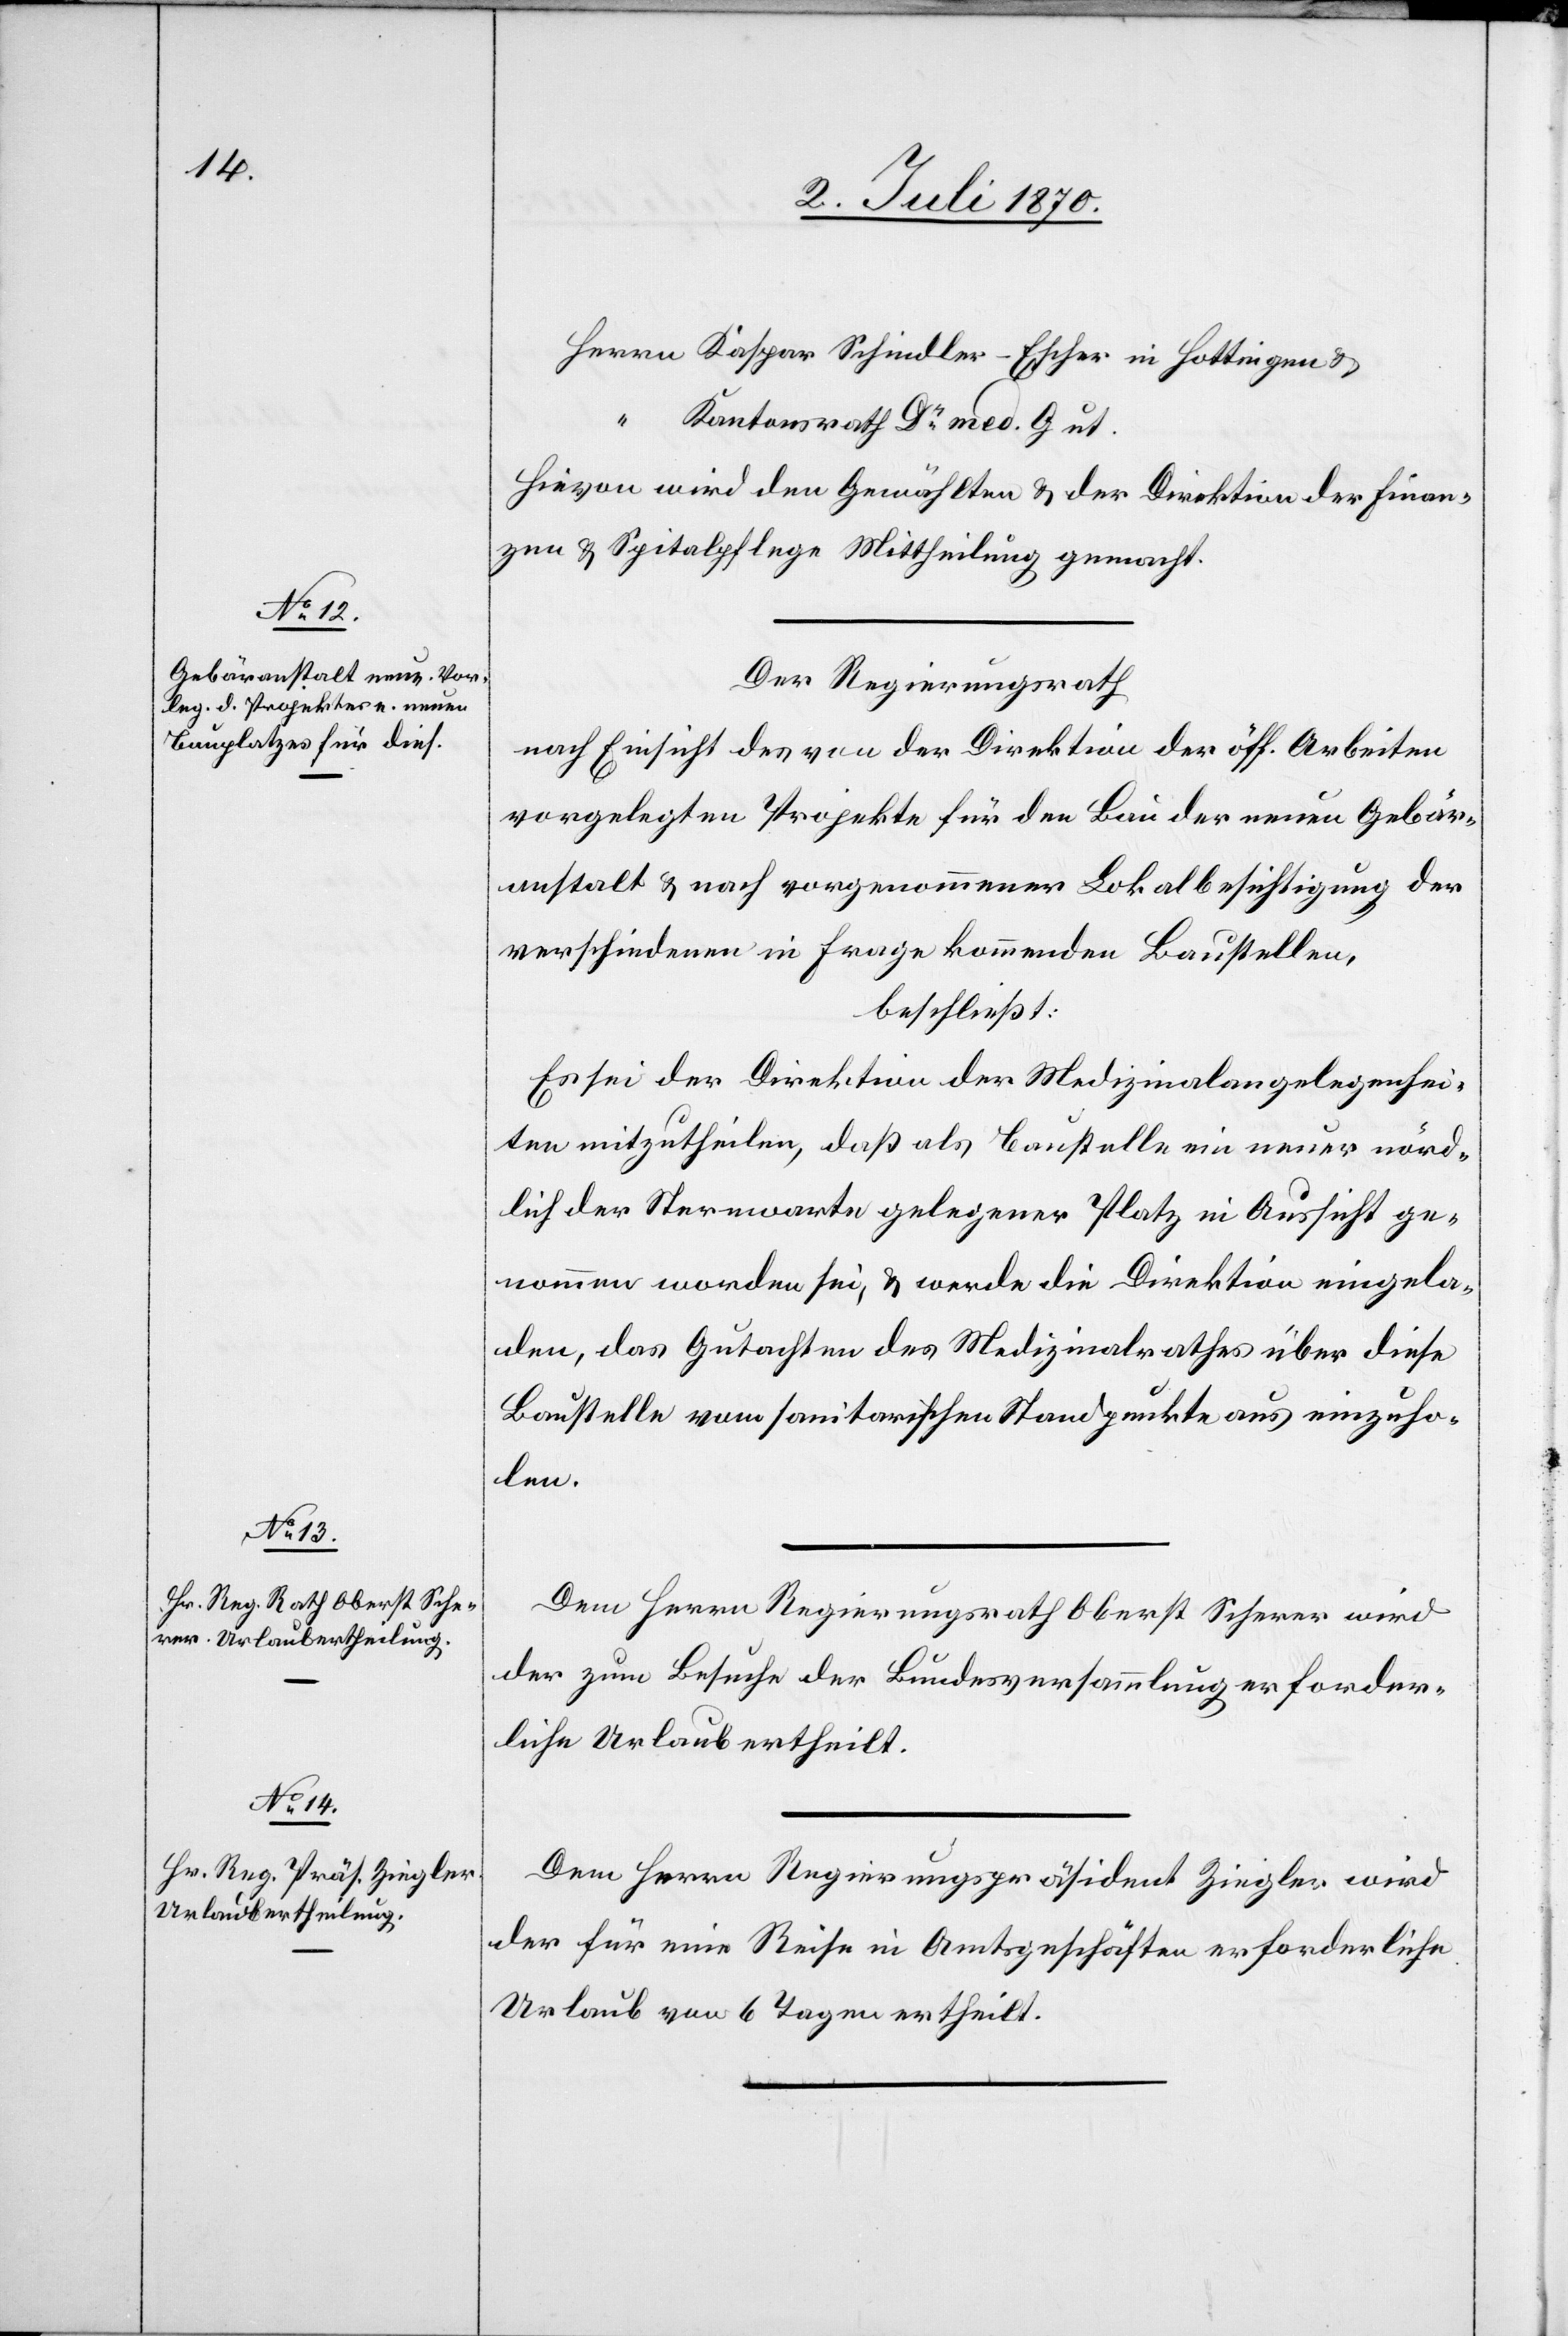
Herrn Kaspar Schindler-Escher in Hottingen &
Kantonsrath Dr med. Gut.
Hievon wird den Gewählten & der Direktion der Finan¬
zen & Spitalpflege Mittheilung gemacht.
Der Regierungsrath
nach Einsicht des von der Direktion der öff. Arbeiten
vorgelegten Projekte für den Bau der neuen Gebär¬
anstalt & nach vorgenommener Lokalbesichtigung der
verschiedenen in Frage kommenden Baustellen,
beschließt:
Es sei der Direktion der Medizinalangelegenhei¬
ten mitzutheilen, daß als Baustelle ein neuer nörd¬
lich der Sternwarte gelegener Platz in Aussicht ge¬
nommen worden sei, & werde die Direktion eingela¬
den, das Gutachten des Medizinalrathes über diese
Baustelle vom sanitarischen Standpunkte aus einzuho¬
len.
Dem Herrn Regierungsrath Oberst Scherer wird
der zum Besuche der Bundesversammlung erforder¬
liche Urlaub ertheilt.
Dem Herrn Regierungspräsident Ziegler wird
der für eine Reise in Amtsgeschäften erforderliche
Urlaub von 6 Tagen ertheilt.